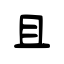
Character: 且